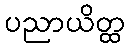
ပညာယိတ္ထ